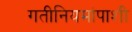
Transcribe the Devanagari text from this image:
गतीनियमांपाशी